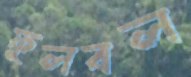
ফুলবল